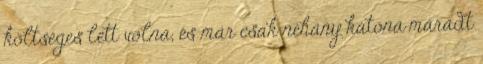
költséges lett volna, és már csak néhány katona maradt